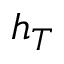
h _ { T }